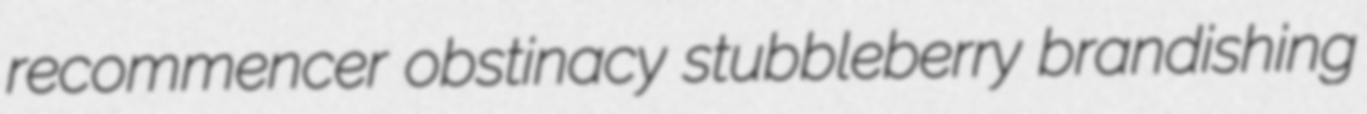
recommencer obstinacy stubbleberry brandishing